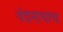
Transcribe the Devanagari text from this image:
वंदनाचाच